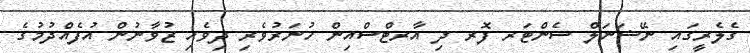
ގެލެރީގައި ނޭޝަނަލް ސެންޓަރ ފޮރ ދި އާރޓްސްއިން ހުނަރުވެރި ދިވެހި ޒުވާނުން އުފެއްދުމުގެ